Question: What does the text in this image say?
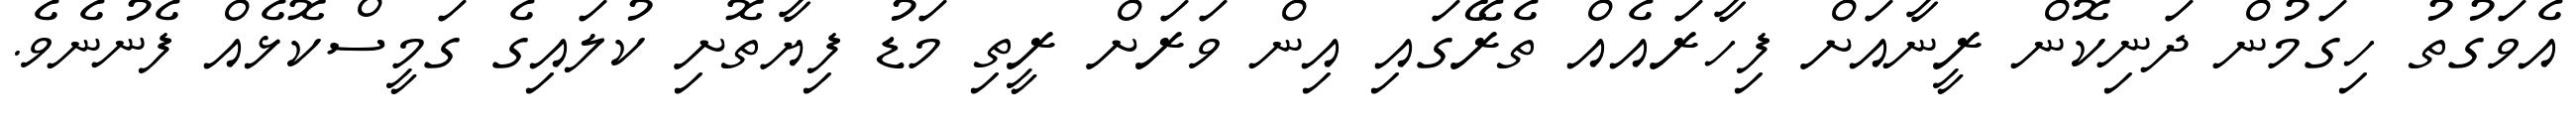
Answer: އެވަގުތު ހިގަމުން ދަނިކޮން ރީނާއަށް ފިހާރައެއް ތެރޭގައި އިން ވަރަށް ރީތި މަޑު ފިޔާތޮށި ކުލައިގެ ގަމީސްކޮޅެއް ފެނުނެވެ.